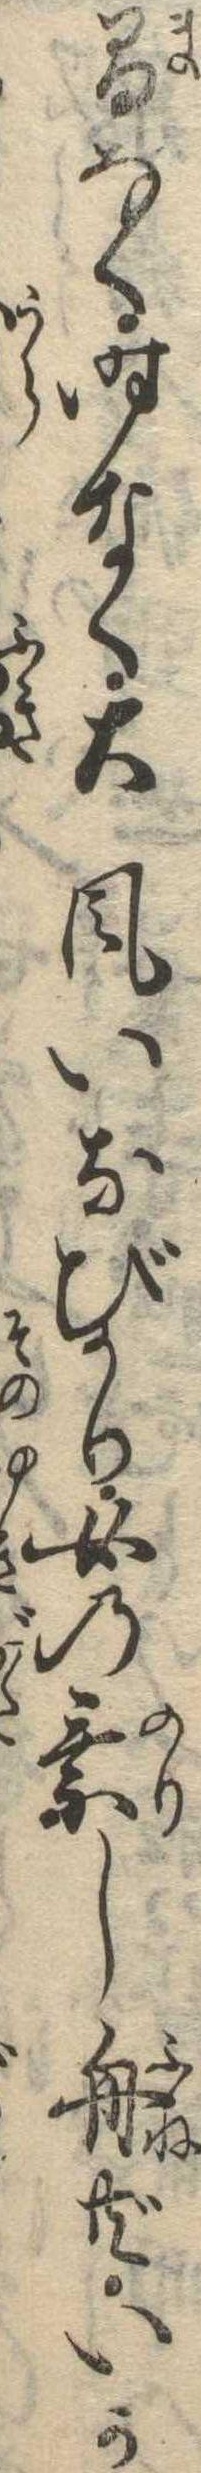
間なく時なく大風いなびかり女の乗し舟共いか